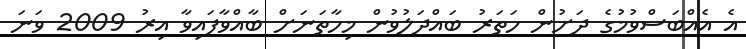
އެ އެއްބަސްވުމުގެ ދަށުން ހަތަރު ބައްދަލުވުން މިހާތަނަށް ބާއްވާފައިވާ އިރު 2009 ވަނަ